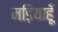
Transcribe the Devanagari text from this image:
मड़ियाहूँ